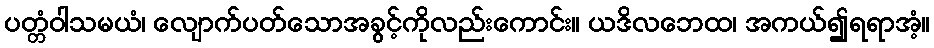
ပတ္တံဝါသမယံ၊ လျောက်ပတ်သောအခွင့်ကိုလည်းကောင်း။ ယဒိလဘေထ၊ အကယ်၍ရရာအံ့။